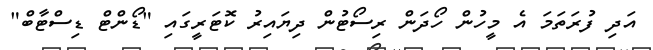
އަދި ފުރަތަމަ އެ މީހުން ހޯދަން ރިސޯޓުން ދިޔައިރު ކޮޓަރީގައި "ޑޯންޓް ޑިސްޓާބް"